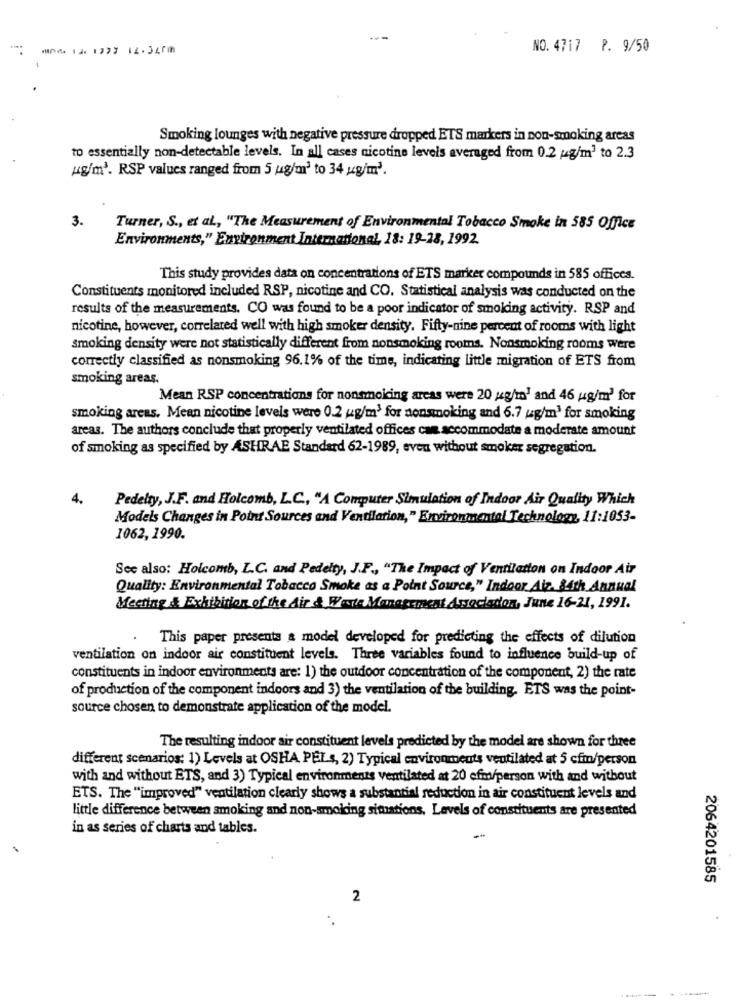
W 1J1327 12.347₥
NO. 4717 P. 9/50
Smoking lounges with negative pressure dropped ETS markers in non-smoking areas
to essentially non-detectable levels. In all cases nicotine levels averaged from 0.2 g/m3 to 2.3
ug/m'. RSP values ranged from 5 ug/m' to 34 ug/m'.
3.
Turner, S ., et al ., "The Measurement of Environmental Tobacco Smoke in 585 Office
Environments," Environment International, 18: 19-28, 1992.
This study provides data on concentrations of ETS marker compounds in 585 offices.
Constituents monitored included RSP, nicotine and CO. Statistical analysis was conducted on the
results of the measurements. CO was found to be a poor indicator of smoking activity. RSP and
nicotine, however, correlated well with high smoker density. Fifty-nine percent of rooms with light
smoking density were not statistically different from nonsmoking rooms. Nonsmoking rooms Were
correctly classified as nonsmoking 96.1% of the time, indicating little migration of ETS from
smoking areas.
Mean RSP concentrations for nonsmoking areas were 20 g/m' and 46 ug/m' for
smoking areas. Mean nicotine levels were 0.2 ug/m3 for nonsmoking and 6.7 ug/m3 for smoking
areas. The authors conclude that properly ventilated offices can accommodate a moderate amount
of smoking as specified by ASHRAE Standard 62-1989, even without smoker segregation.
4.
Pedelty, J.F. and Holcomb, L.C ., "A Computer Simulation of Indoor Air Quality Which
Models Changes in Point Sources and Ventilation," Environmental Technology, 11:1053-
1062, 1990.
See also: Holcomb, L.C. and Pedelty, J.F ., "The Impact of Ventilation on Indoor Air
Quality: Environmental Tobacco Smoke as a Point Source," Indoor Aiz. 84th Annual
Meeting & Exhibition of the Air & Waste Management Association, June 16-21, 1991.
This paper presents a model developed for predicting the effects of dilution
ventilation on indoor air constituent levels. Three variables found to influence build-up of
constituents in indoor environments are: 1) the outdoor concentration of the component, 2) the rate
of production of the component indoors and 3) the ventilation of the building. ETS was the point-
source chosen to demonstrate application of the model.
The resulting indoor air constituent levels predicted by the model are shown for three
different scenarios: 1) Levels at OSHA PEL s, 2) Typical environments ventilated at 5 cfm/person
with and without ETS, and 3) Typical environments ventilated at 20 efm/person with and without
ETS. The "improved" ventilation clearly shows a substantial reduction in air constituent levels and
little difference between smoking and non-smoking situations. Levels of constituents are presented
in as series of charts and tables.
2064201585
2